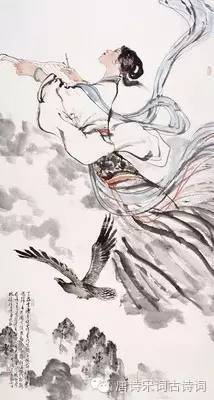
风休住。蓬舟吹取三山去。